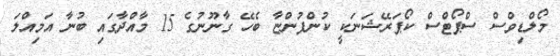
މޯލްޑިވްސް ސްޕޯޓްސް ކޯޕަރޭޝަނަކީ ކުންފުންޏާ ބެހޭ ގާނޫނުގެ 15 މާއްދާގައި ބުނާ އަމިއްލަ